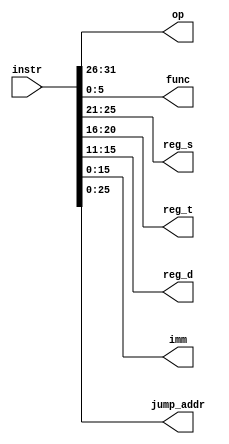
module InstructionDecoder(
    output [5:0] op, func,
    output [4:0] reg_s, reg_t, reg_d,
    output [15:0] imm,
    output [25:0] jump_addr,
    input [31:0] instr
);
    assign op = instr[31:26];
    assign func = instr[5:0];
    assign reg_s = instr[25:21];
    assign reg_t = instr[20:16];
    assign reg_d = instr[15:11];
    assign imm = instr[15:0];
    assign jump_addr = instr[25:0];
endmodule